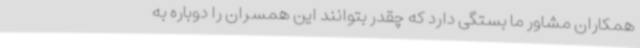
همکاران مشاور ما بستگی دارد که چقدر بتوانند این همسران را دوباره به